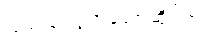
ပြည်သူ့လွှတ်တော်ဆိုင်ရာ